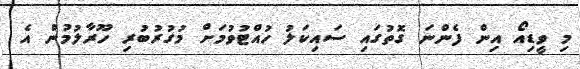
މި ވީޑިއޯ އިން ފެންނަ ގޮތުގައި ސައިކަލު ހުއްޓުވުމަށް މުގުރުބުރި ހޫރާލުމުން އެ